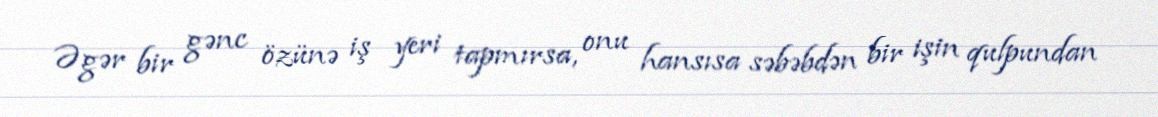
Əgər bir gənc özünə iş yeri tapmırsa, onu hansısa səbəbdən bir işin qulpundan